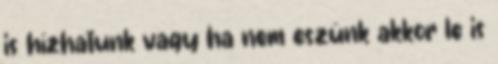
is hízhatunk vagy ha nem eszünk akkor le is